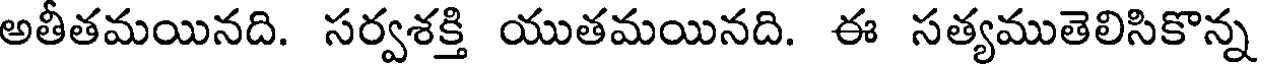
అతీతమయినది. సర్వశక్తి యుతమయినది. ఈ సత్యముతెలిసికొన్న